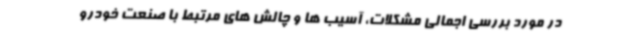
در مورد بررسی اجمالی مشکلات، آسیب ها و چالش های مرتبط با صنعت خودرو